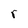
Character: r